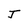
Character: J